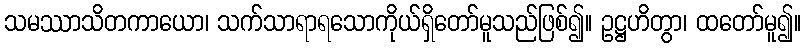
သမဿာသိတကာယော၊ သက်သာရာရသောကိုယ်ရှိတော်မူသည်ဖြစ်၍။ ဥဋ္ဌဟိတွာ၊ ထတော်မူ၍။